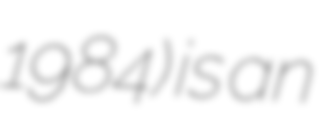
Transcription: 1984) is an